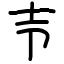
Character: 壭